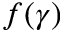
f ( \gamma )